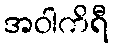
အဝါကိရီ